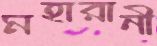
মহারানী